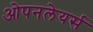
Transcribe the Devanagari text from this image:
ओपनलेयर्स